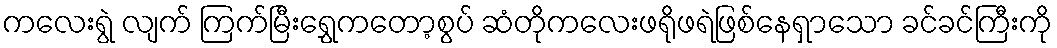
ကလေးရွဲ လျက် ကြက်မြီးရွှေကတော့စွပ် ဆံတိုကလေးဖရိုဖရဲဖြစ်နေရှာသော ခင်ခင်ကြီးကို